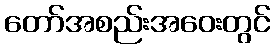
တော်အစည်းအဝေးတွင်